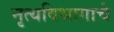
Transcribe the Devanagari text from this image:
नृत्यविभागाचे